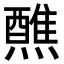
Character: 𬋕